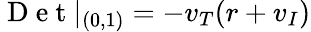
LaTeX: \mathrm{~D~e~t~}|_{(0,1)}=-v_{T}(r+v_{I})